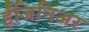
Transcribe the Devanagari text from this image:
ईंजिनिअर